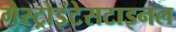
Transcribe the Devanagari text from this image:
गैस्ट्रोइंटेसटाइनल